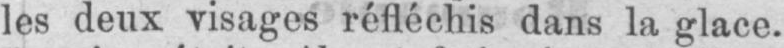
les deux visages réfléchis dans la glace.